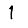
Digit: 1